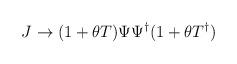
LaTeX: \begin{align*}J\rightarrow(1+\theta T)\Psi\Psi^{\dagger}(1+\theta T^{\dagger})\end{align*}